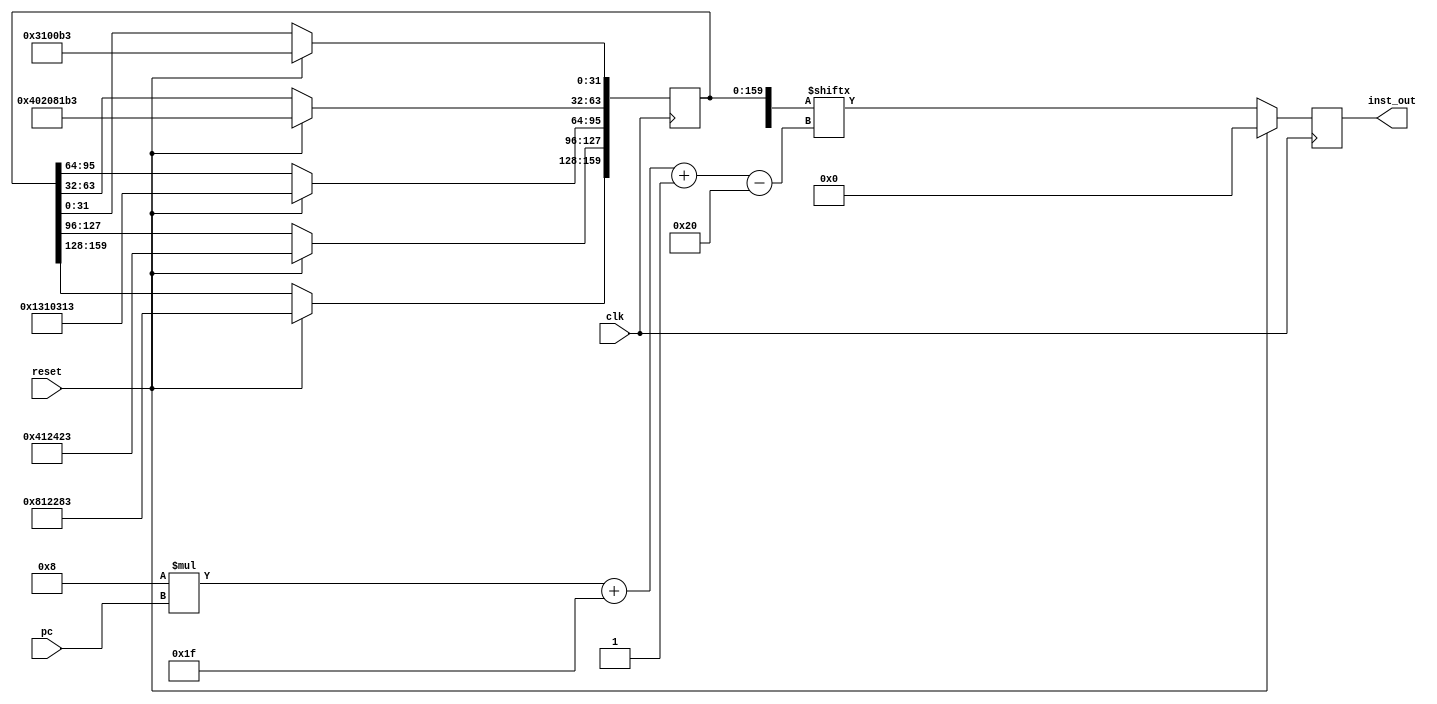
`timescale 1ns / 1ps
//////////////////////////////////////////////////////////////////////////////////
// Company: 
// Engineer: 
// 
// Design Name: 
// Module Name: IMEM
// Project Name: 
// Target Devices: 
// Tool Versions: 
// Description: 
// 
// Dependencies: 
// 
// Revision:
// Revision 0.01 - File Created
// Additional Comments:
// 
//////////////////////////////////////////////////////////////////////////////////


module IMEM(
    input clk,
    input[31:0] pc,
    input reset,
    output reg[31:0] inst_out
);
reg[1023:0] imem;
    always @(posedge clk) begin
        if (reset) begin
             inst_out <= 0;
             imem[((0*0)+31)-:32] = 32'h003100b3;
             imem[((32*1)+31)-:32] = 32'h402081b3;
             imem[((32*2)+31)-:32] = 32'h01310313;
             imem[((32*3)+31)-:32] = 32'h00412423;
             imem[((32*4)+31)-:32] = 32'h00812283;
        end
        else begin
            inst_out <= imem[((8*pc)+31)-:32];
        end
    end
endmodule